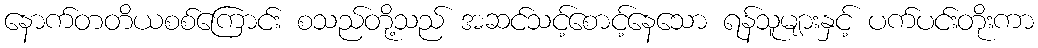
နောက်တတိယစစ်ကြောင်း စသည်တို့သည် အဆင်သင့်စောင့်နေသော ရန်သူများနှင့် ပက်ပင်းတိုးကာ